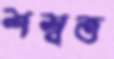
শশ্বত